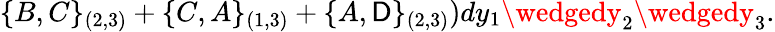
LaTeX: \{ B,C\} _{(2,3)}+\{ C,A\} _{(1,3)}+\{ A,\mathsf{D}\} _{(2,3)})dy_{1}\wedgedy_{2}\wedgedy_{3}.